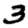
Digit: 3